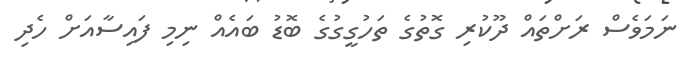
ނަމަވެސް ރަށްތައް ދޫކުރި ގޮތުގެ ތަހުގީގުގެ ބޮޑު ބައެއް ނިމި ފައިސާއަށް ހެދި